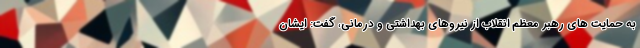
به حمایت های رهبر معظم انقلاب از نیروهای بهداشتی و درمانی، گفت: ایشان